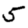
Digit: 5